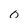
Character: o